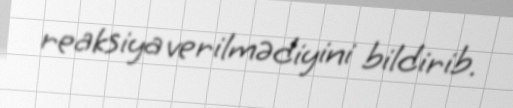
reaksiya verilmədiyini bildirib.